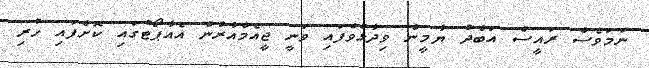
ނަމަވެސް ރައީސް އަބްދު ޔާމީން ވިދާޅުވެފައި ވަނީ ޖީއެމްއާރުން އެއާޕޯޓުގައި ކޮށްފައި ހުރި